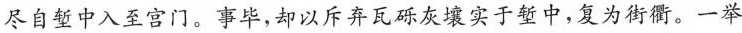
尽自堑中入至宫门。事毕，却以斥弃瓦砾灰壤实于堑中，复为街衢。一举